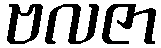
ဗလဇာ